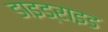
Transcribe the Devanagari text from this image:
डाइड्राइड